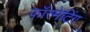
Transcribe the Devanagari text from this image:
फॉरमेटिंग